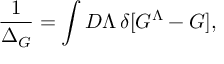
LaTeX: { \frac { 1 } { \Delta _ { G } } } = \int { \cal D } \Lambda \, \delta [ G ^ { \Lambda } - G ] ,